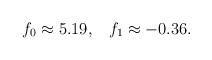
LaTeX: \begin{align*}f_0 \approx 5.19, \;\;\; f_1 \approx - 0.36.\end{align*}